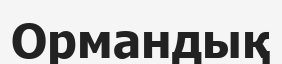
Ормандық